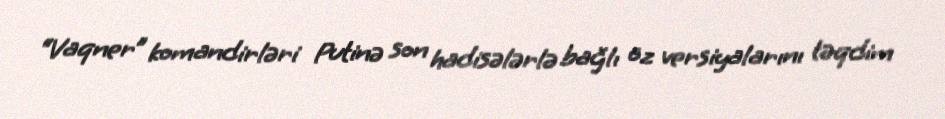
“Vaqner” komandirləri Putinə son hadisələrlə bağlı öz versiyalarını təqdim